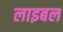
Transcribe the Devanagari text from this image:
लाइबल